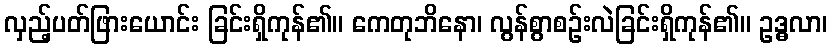
လှည့်ပတ်ဖြားယောင်း ခြင်းရှိကုန်၏။ ကေတုဘိနော၊ လွန်စွာစဉ်းလဲခြင်းရှိကုန်၏။ ဥဒ္ဓလာ၊